画像に写った文字を読んでください
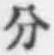
「分」と書いてあります